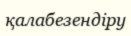
қалабезендіру